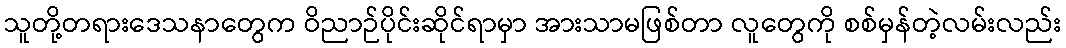
သူတို့တရားဒေသနာတွေက ဝိညာဉ်ပိုင်းဆိုင်ရာမှာ အားသာမဖြစ်တာ လူတွေကို စစ်မှန်တဲ့လမ်းလည်း